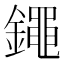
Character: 𨭘